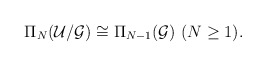
\begin{align*}\Pi_N({\cal U}/{\cal G})\cong\Pi_{N-1}({\cal G})~ (N\geq 1).\end{align*}